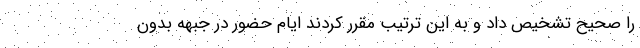
را صحیح تشخیص داد و به این ترتیب مقرر کردند ایام حضور در جبهه بدون